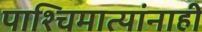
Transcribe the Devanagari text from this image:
पाश्चिमात्यांनाही